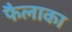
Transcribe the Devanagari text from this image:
फैलाका